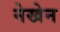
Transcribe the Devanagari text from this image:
नेखेन